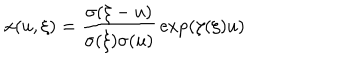
LaTeX: x ( u , \xi ) = { \frac { \sigma ( \xi - u ) } { \sigma ( \xi ) \sigma ( u ) } } \exp ( { \zeta ( \xi ) u } )